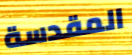
المقدسة